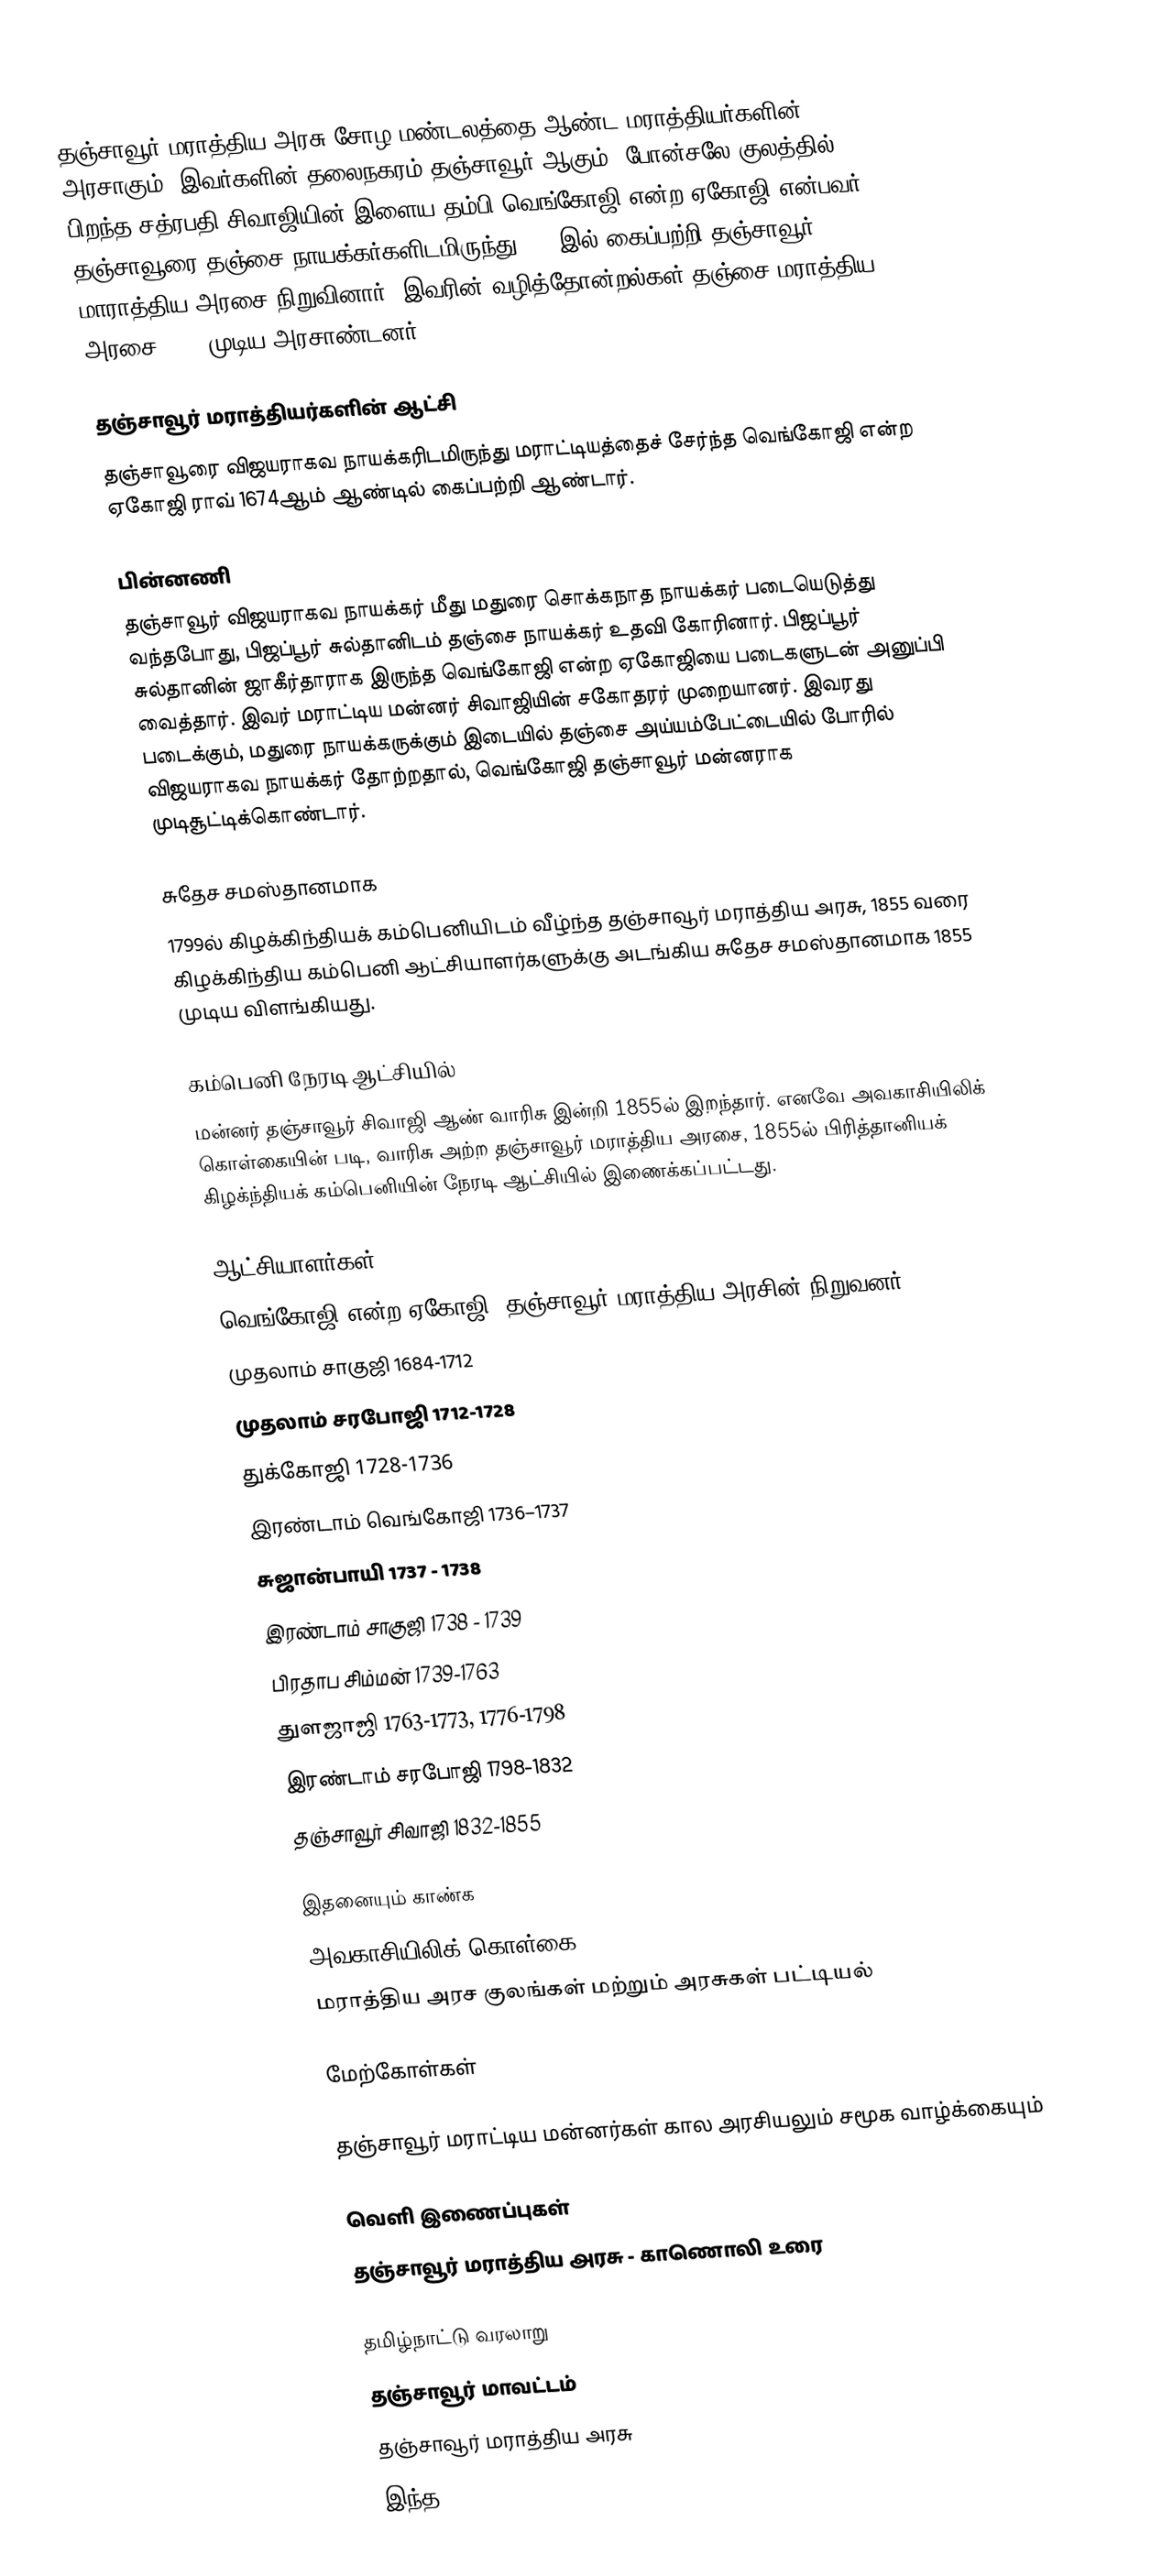
தஞ்சாவூர் மராத்திய அரசு  சோழ மண்டலத்தை ஆண்ட மராத்தியர்களின் அரசாகும். இவர்களின் தலைநகரம் தஞ்சாவூர் ஆகும். போன்சலே குலத்தில் பிறந்த சத்ரபதி சிவாஜியின் இளைய தம்பி  வெங்கோஜி என்ற ஏகோஜி என்பவர், தஞ்சாவூரை தஞ்சை நாயக்கர்களிடமிருந்து 1674இல் கைப்பற்றி தஞ்சாவூர் மாராத்திய அரசை நிறுவினார். இவரின் வழித்தோன்றல்கள் தஞ்சை மராத்திய அரசை  1855 முடிய அரசாண்டனர்.

தஞ்சாவூர் மராத்தியர்களின் ஆட்சி
தஞ்சாவூரை விஜயராகவ நாயக்கரிடமிருந்து மராட்டியத்தைச் சேர்ந்த  வெங்கோஜி என்ற ஏகோஜி ராவ் 1674ஆம் ஆண்டில் கைப்பற்றி ஆண்டார்.

பின்னணி
தஞ்சாவூர் விஜயராகவ நாயக்கர் மீது மதுரை சொக்கநாத நாயக்கர் படையெடுத்து வந்தபோது, பிஜப்பூர் சுல்தானிடம் தஞ்சை நாயக்கர் உதவி கோரினார். பிஜப்பூர் சுல்தானின்  ஜாகீர்தாராக இருந்த வெங்கோஜி என்ற ஏகோஜியை படைகளுடன் அனுப்பி வைத்தார். இவர் மராட்டிய மன்னர் சிவாஜியின் சகோதரர் முறையானர். இவரது படைக்கும், மதுரை நாயக்கருக்கும் இடையில் தஞ்சை அய்யம்பேட்டையில் போரில் விஜயராகவ நாயக்கர் தோற்றதால்,  வெங்கோஜி தஞ்சாவூர் மன்னராக முடிசூட்டிக்கொண்டார்.

சுதேச சமஸ்தானமாக
1799ல் கிழக்கிந்தியக் கம்பெனியிடம் வீழ்ந்த தஞ்சாவூர் மராத்திய அரசு, 1855 வரை  கிழக்கிந்திய கம்பெனி ஆட்சியாளர்களுக்கு அடங்கிய சுதேச சமஸ்தானமாக 1855 முடிய விளங்கியது.

கம்பெனி நேரடி ஆட்சியில்
மன்னர் தஞ்சாவூர் சிவாஜி ஆண் வாரிசு இன்றி 1855ல் இறந்தார். எனவே  அவகாசியிலிக் கொள்கையின் படி, வாரிசு அற்ற  தஞ்சாவூர்  மராத்திய அரசை,  1855ல் பிரித்தானியக் கிழக்ந்தியக் கம்பெனியின் நேரடி ஆட்சியில் இணைக்கப்பட்டது.

ஆட்சியாளர்கள்
 வெங்கோஜி என்ற  ஏகோஜி (தஞ்சாவூர் மராத்திய அரசின் நிறுவனர்) 1674 - 1684
 முதலாம் சாகுஜி 1684-1712
 முதலாம் சரபோஜி 1712-1728
 துக்கோஜி 1728-1736
 இரண்டாம் வெங்கோஜி  1736–1737
 சுஜான்பாயி  1737 - 1738
 இரண்டாம் சாகுஜி 1738 - 1739
பிரதாப சிம்மன் 1739-1763
துளஜாஜி 1763-1773, 1776-1798
 இரண்டாம் சரபோஜி 1798-1832
 தஞ்சாவூர் சிவாஜி  1832-1855

இதனையும் காண்க
 அவகாசியிலிக் கொள்கை
 மராத்திய அரச குலங்கள் மற்றும் அரசுகள் பட்டியல்

மேற்கோள்கள்

 தஞ்சாவூர் மராட்டிய மன்னர்கள் கால  அரசியலும் சமூக வாழ்க்கையும்

வெளி இணைப்புகள்
 தஞ்சாவூர் மராத்திய அரசு - காணொலி உரை

தமிழ்நாட்டு வரலாறு
தஞ்சாவூர் மாவட்டம்
தஞ்சாவூர் மராத்திய அரசு
இந்த